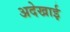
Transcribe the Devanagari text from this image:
अदेखाई